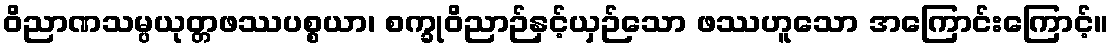
ဝိညာဏသမ္ပယုတ္တဖဿပစ္စယာ၊ စက္ခုဝိညာဉ်နှင့်ယှဉ်သော ဖဿဟူသော အကြောင်းကြောင့်။